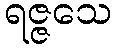
ရဇ္ဇသေ